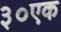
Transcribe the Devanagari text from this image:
३०एक